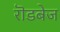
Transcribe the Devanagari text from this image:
रॊडबेज